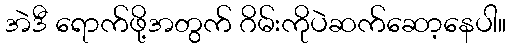
အဲဒီ ရောက်ဖို့အတွက် ဂိမ်းကိုပဲဆက်ဆော့နေပါ။